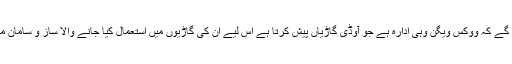
بہت سے قارئین جانتے ہی ہوں گے کہ ووکس ویگن وہی ادارہ ہے جو آوڈی گاڑیاں پیش کرتا ہے اس لیے ان کی گاڑیوں میں استعمال کیا جانے والا ساز و سامان معیار میں اپنی مثال آپ ہوتا ہے۔